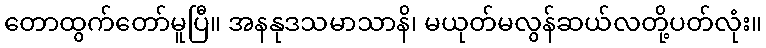
တောထွက်တော်မူပြီ။ အနနုဒသမာသာနိ၊ မယုတ်မလွန်ဆယ်လတို့ပတ်လုံး။